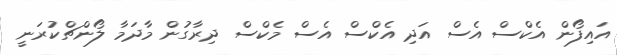
އައިފޯން އެކްސް އެސް އަދި އެކްސް އެސް މެކްސް ދިރާގުން މާދަމާ ލޯންޗްކުރަނީ